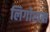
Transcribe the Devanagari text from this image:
लिगोलस